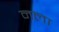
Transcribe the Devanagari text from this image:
नला